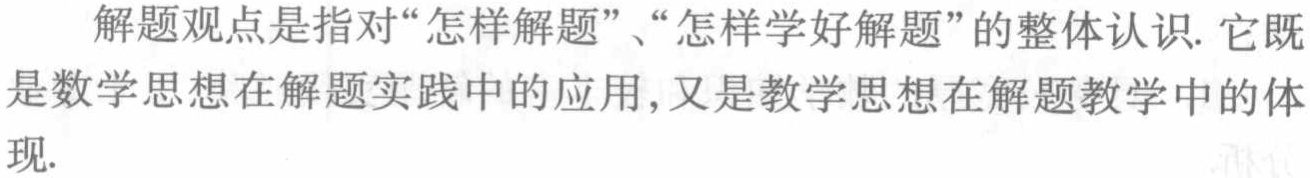
解题观点是指对“怎样解题”、“怎样学好解题”的整体认识. 它既是数学思想在解题实践中的应用, 又是教学思想在解题教学中的体现.